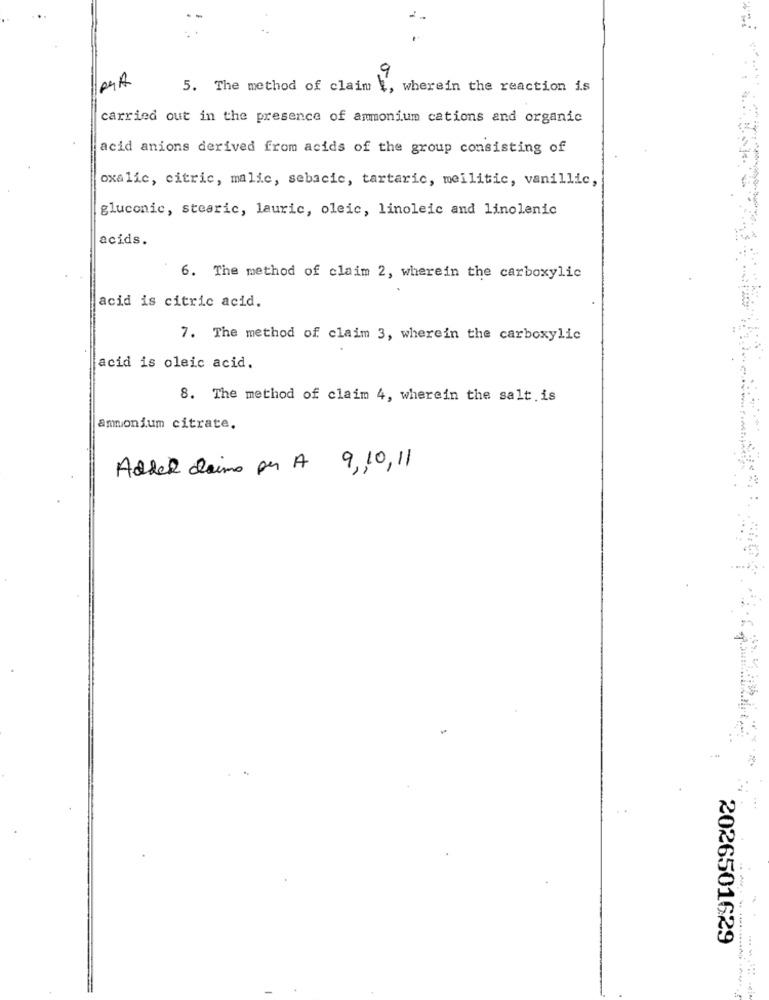
5. The method of claim
wherein the reaction is
carried out in the presence of ammonium cations and organic
acid anions derived from acids of the group consisting of
oxalic, citric, malic, sebacic, tartaric, meilitic, vanillic,
gluconic, stearic, lauric, oleic, linoleic and linolenic
acids.
6. The method of claim 2, wherein the carboxylic
acid is citric acid.
7. The method of claim 3, wherein the carboxylic
acid is oleic acid.
8. The method of claim 4, wherein the salt is
ammonium citrate.
Added daima pr A 9,10,11
2026501629